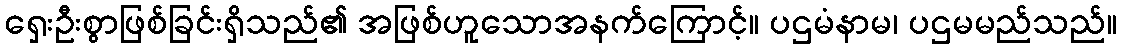
ရှေးဦးစွာဖြစ်ခြင်းရှိသည်၏ အဖြစ်ဟူသောအနက်ကြောင့်။ ပဌမံနာမ၊ ပဌမမည်သည်။